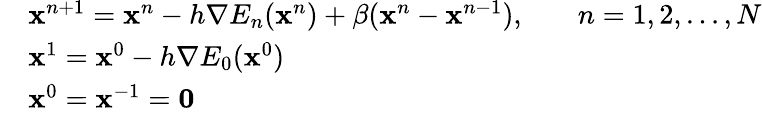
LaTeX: \begin{array}{rlrl}&{\mathbf{x}^{n+1}=\mathbf{x}^{n}-h\nabla E_{n}(\mathbf{x}^{n})+\beta(\mathbf{x}^{n}-\mathbf{x}^{n-1}),}&&{{n=1,2,...,N}}\\ &{\mathbf{x}^{1}=\mathbf{x}^{0}-h\nabla E_{0}(\mathbf{x}^{0})}\\ &{\mathbf{x}^{0}=\mathbf{x}^{-1}=\mathbf{0}}\end{array}